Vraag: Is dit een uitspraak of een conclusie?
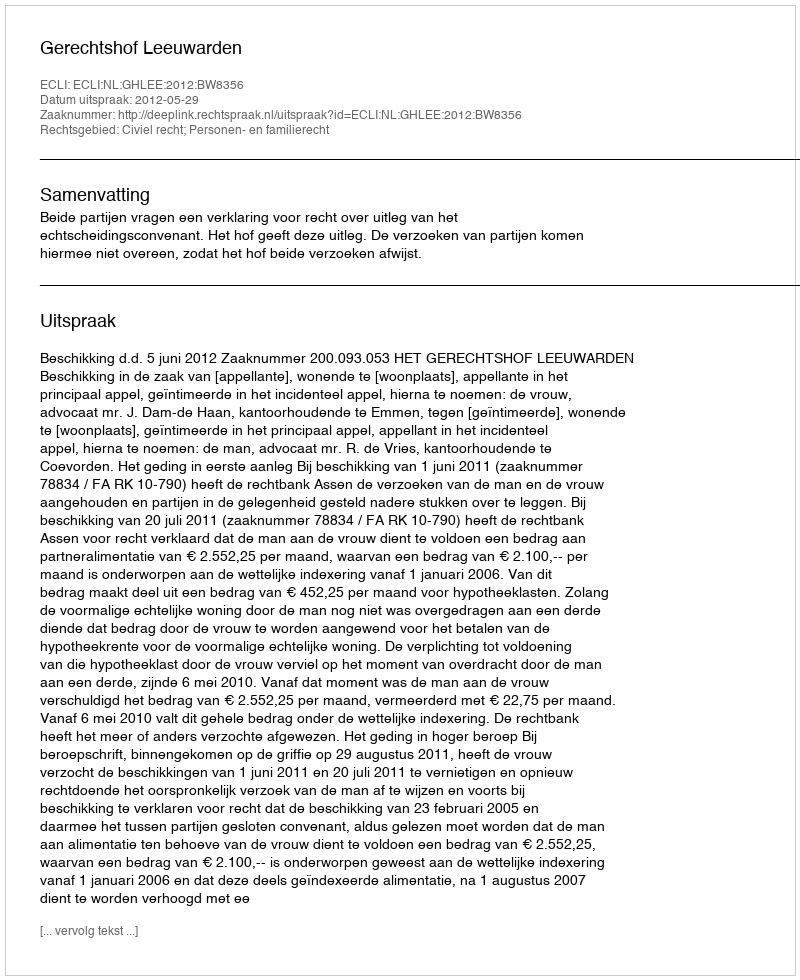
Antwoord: Uitspraak